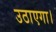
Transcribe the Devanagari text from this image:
उठाएगा।